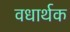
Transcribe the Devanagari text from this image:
वधार्थक